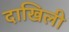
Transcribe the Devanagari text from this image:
दाखिली